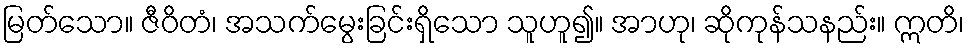
မြတ်သော။ ဇီဝိတံ၊ အသက်မွေးခြင်းရှိသော သူဟူ၍။ အာဟု၊ ဆိုကုန်သနည်း။ ဣတိ၊